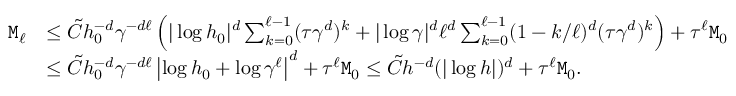
\begin{array} { r l } { { \tt M } _ { \ell } } & { \le \tilde { C } h _ { 0 } ^ { - d } \gamma ^ { - d \ell } \left( | \log h _ { 0 } | ^ { d } \sum _ { k = 0 } ^ { \ell - 1 } ( \tau \gamma ^ { d } ) ^ { k } + | \log \gamma | ^ { d } \ell ^ { d } \sum _ { k = 0 } ^ { \ell - 1 } ( 1 - k / \ell ) ^ { d } ( \tau \gamma ^ { d } ) ^ { k } \right) + \tau ^ { \ell } { \tt M } _ { 0 } } \\ & { \le \tilde { C } h _ { 0 } ^ { - d } \gamma ^ { - d \ell } \left| \log h _ { 0 } + \log \gamma ^ { \ell } \right| ^ { d } + \tau ^ { \ell } { \tt M } _ { 0 } \le \tilde { C } h ^ { - d } ( | \log h | ) ^ { d } + \tau ^ { \ell } { \tt M } _ { 0 } . } \end{array}